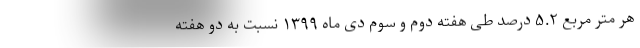
هر متر مربع ۵.۲ درصد طی هفته دوم و سوم دی ماه ۱۳۹۹ نسبت به دو هفته